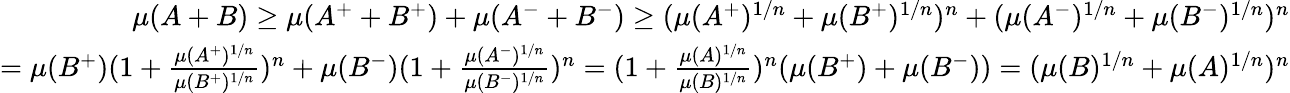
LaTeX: {\begin{array}{r}{\mu(A+B)\geq\mu(A^{+}+B^{+})+\mu(A^{-}+B^{-})\geq(\mu(A^{+})^{1/n}+\mu(B^{+})^{1/n})^{n}+(\mu(A^{-})^{1/n}+\mu(B^{-})^{1/n})^{n}}\\ {=\mu(B^{+})(1+{\frac{\mu(A^{+})^{1/n}}{\mu(B^{+})^{1/n}}})^{n}+\mu(B^{-})(1+{\frac{\mu(A^{-})^{1/n}}{\mu(B^{-})^{1/n}}})^{n}=(1+{\frac{\mu(A)^{1/n}}{\mu(B)^{1/n}}})^{n}(\mu(B^{+})+\mu(B^{-}))=(\mu(B)^{1/n}+\mu(A)^{1/n})^{n}}\end{array}}